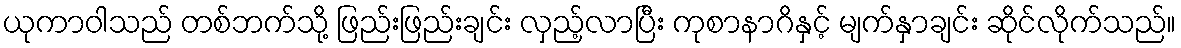
ယုကာဝါသည် တစ်ဘက်သို့ ဖြည်းဖြည်းချင်း လှည့်လာပြီး ကုစာနာဂိနှင့် မျက်နှာချင်း ဆိုင်လိုက်သည်။